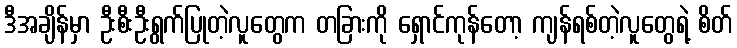
ဒီအချိန်မှာ ဦးစီးဦးရွက်ပြုတဲ့လူတွေက တခြားကို ရှောင်ကုန်တော့ ကျန်ရစ်တဲ့လူတွေရဲ့ စိတ်